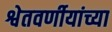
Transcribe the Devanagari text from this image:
श्वेतवर्णीयांच्या